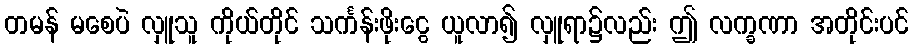
တမန် မစေပဲ လှူသူ ကိုယ်တိုင် သင်္ကန်းဖိုးငွေ ယူလာ၍ လှူရာ၌လည်း ဤ လက္ခဏာ အတိုင်းပင်